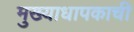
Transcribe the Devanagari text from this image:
मुख्याधापकाची